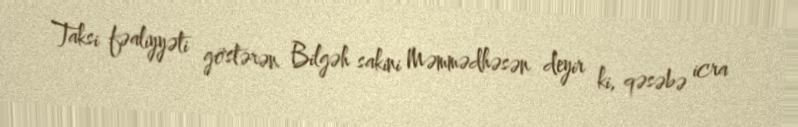
Taksi fəaliyyəti göstərən Bilgəh sakini Məmmədhəsən deyir ki, qəsəbə icra